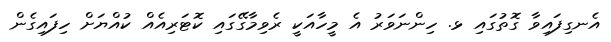
އެނގިފައިވާ ގޮތުގައި ޅ. ހިންނަވަރު އެ މީހާއަކީ ރެވިމާގޭގައި ކޮޓަރިއެއް ކުއްޔަށް ހިފައިގެން